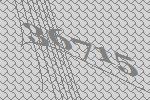
36715